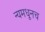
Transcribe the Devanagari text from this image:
न्यमधूनच